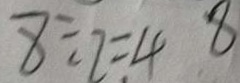
8 \div 2 = 4